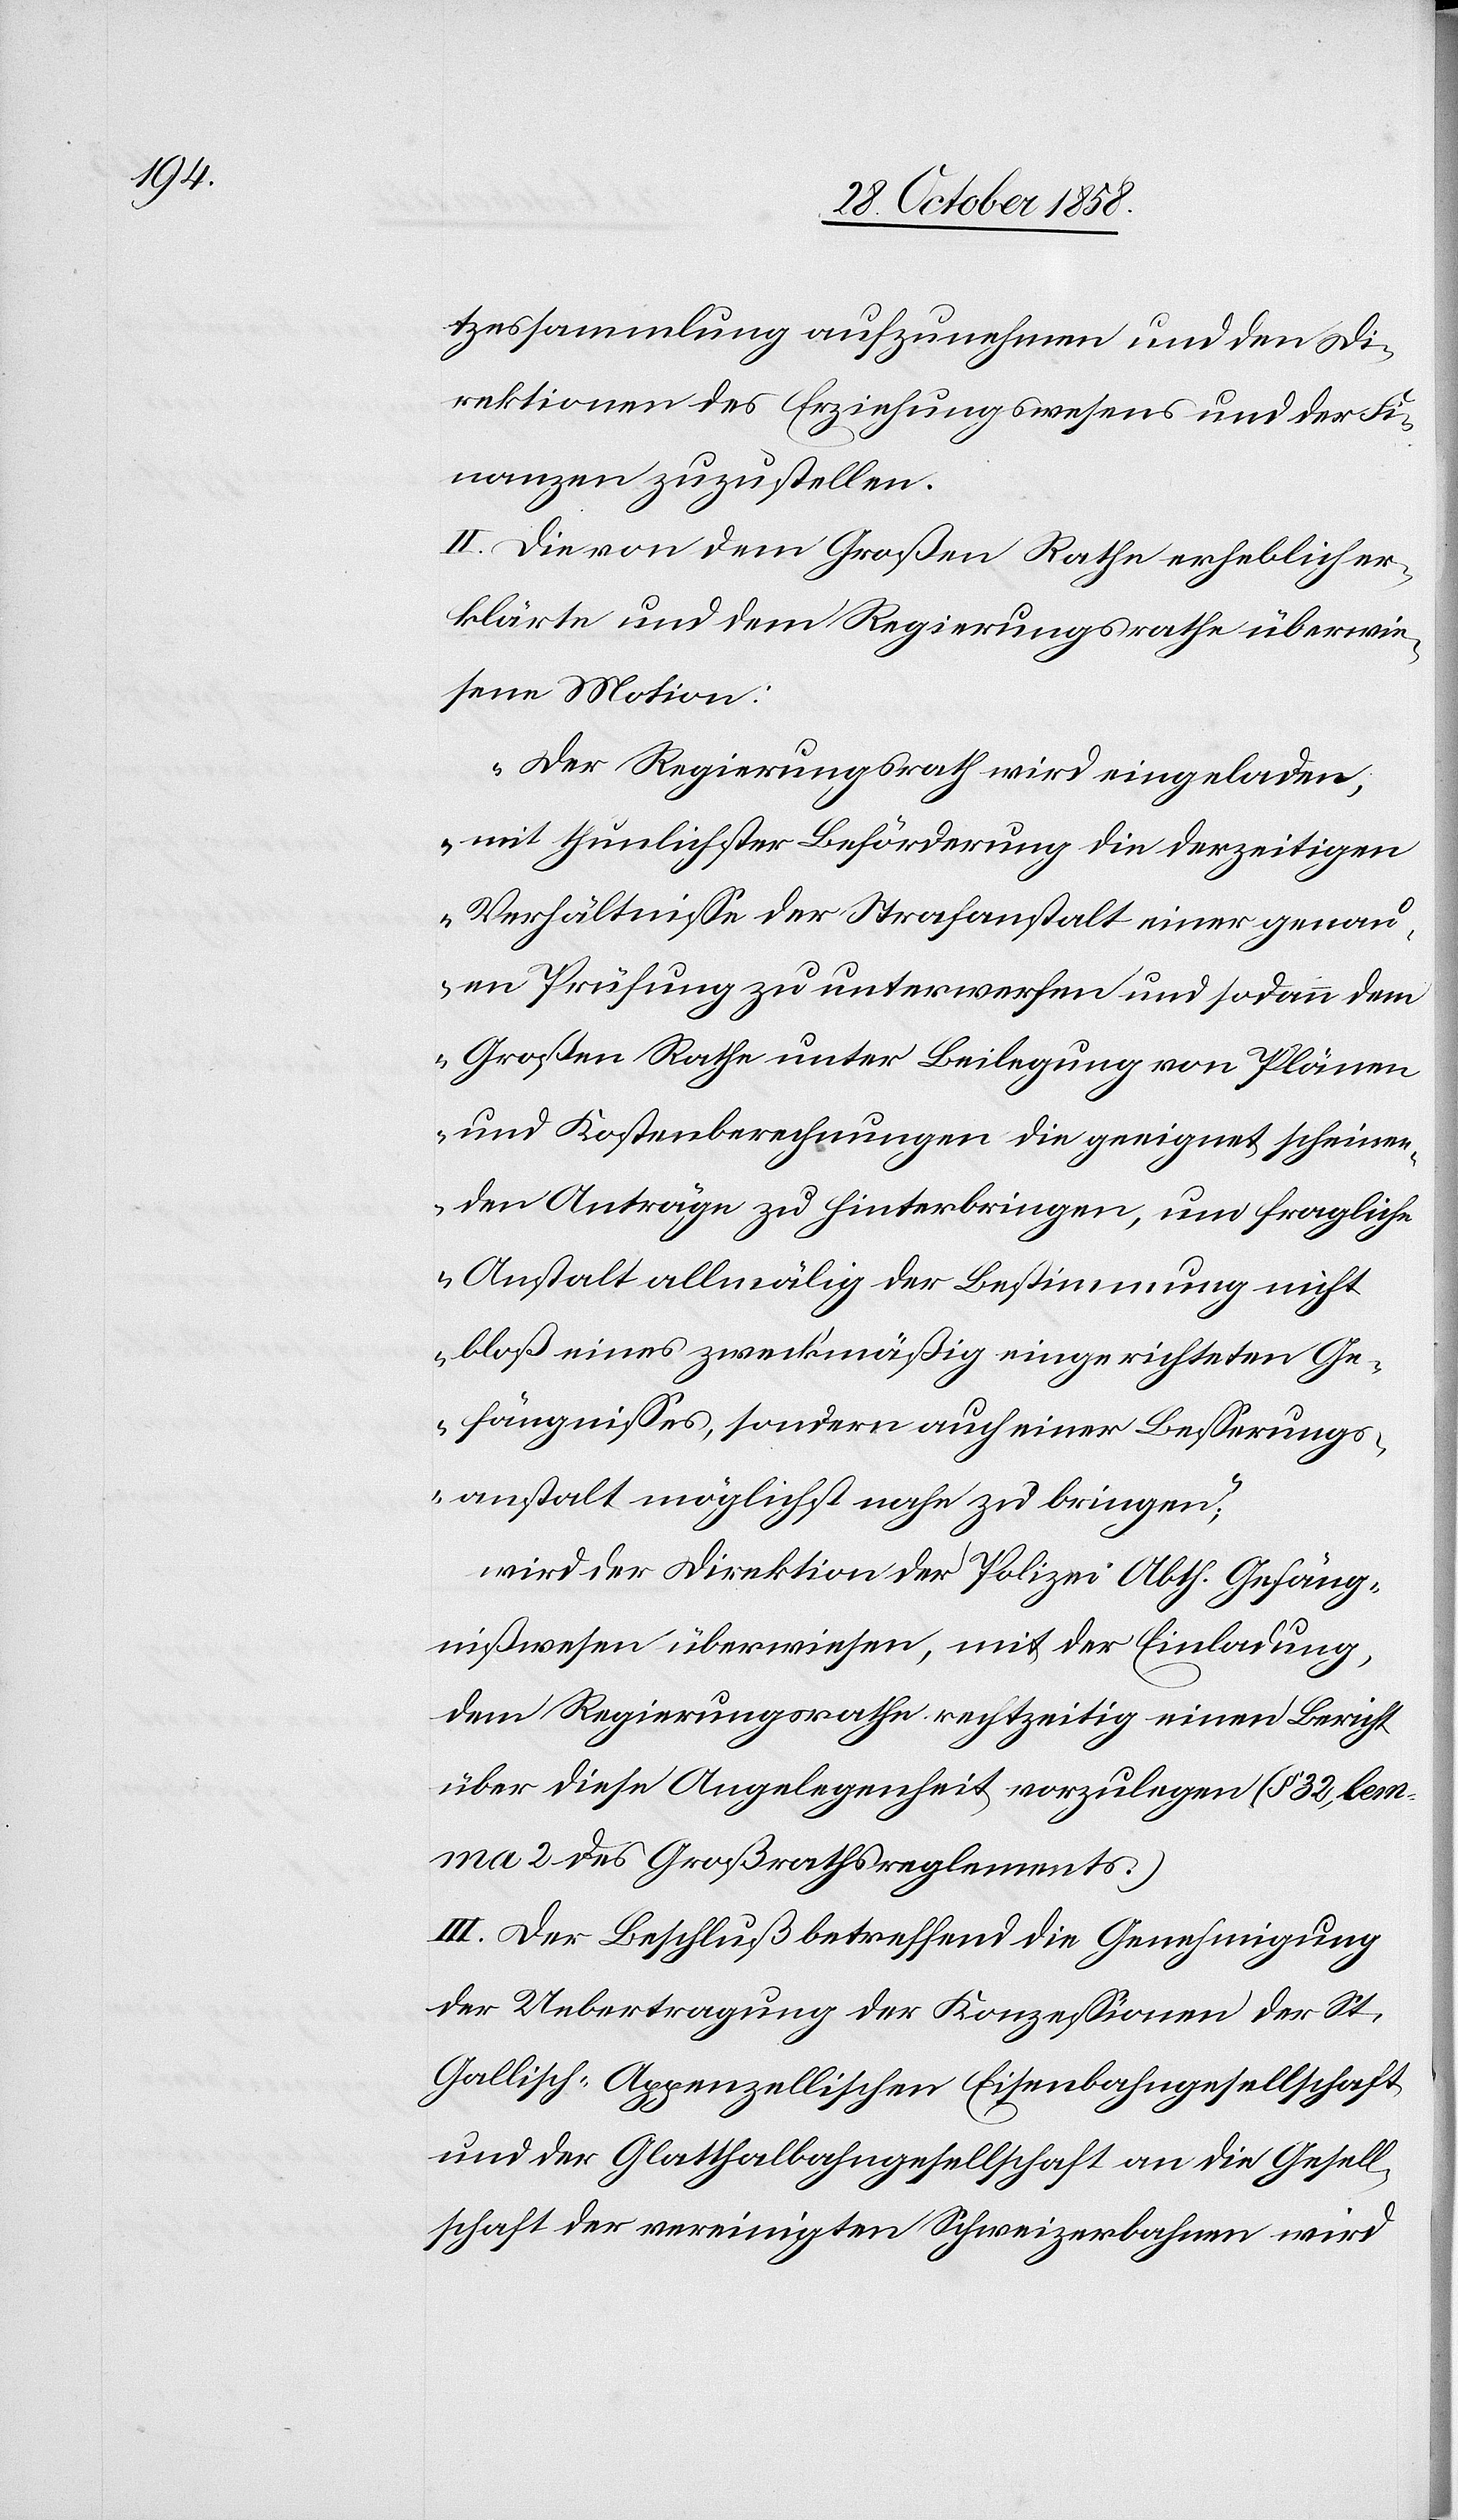
tzessammlung aufzunehmen und den Di¬
rektionen des Erziehungswesens und der Fi¬
nanzen zuzustellen.
II. Die von dem Großen Rathe erheblich er¬
klärte und dem Regierungsrathe überwie¬
sene Motion:
„Der Regierungsrath wird eingeladen,
mit thunlichster Beförderung die derzeitigen
Verhältnisse der Strafanstalt einer genau¬
en Prüfung zu unterwerfen und sodann dem
Großen Rathe unter Beilegung von Plänen
und Kostenberechnungen die geeignet scheinen¬
den Anträge zu hinterbringen, um fragliche
Anstalt allmälig der Bestimmung nicht
bloß eines zweckmäßig eingerichteten Ge¬
fängnisses, sondern auch einer Besserungs¬
anstalt möglichst nahe zu bringen;“
wird der Direktion der Polizei Abth. Gefäng¬
nißwesen überwiesen, mit der Einladung,
dem Regierungsrathe rechtzeitig einen Bericht
über diese Angelegenheit vorzulegen (§ 32, lem¬
ma 2 des Großrathsreglements.)
III. Der Beschluß betreffend die Genehmigung
der Uebertragung der Konzessionen der St.
Gallisch-Appenzellischen Eisenbahngesellschaft
und der Glatthalbahngesellschaft an die Gesell¬
schaft der vereinigten Schweizerbahnen wird